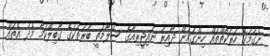
ނެގުމުގެ ހަރަކާތްތައް ހިންގަމުން ދާއިރު ނައިޖީރިއާގެ ސަލާމަތީ ބާރުތަކުގެ ގާބިލްކަމާ މެދު އެތައް